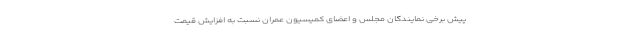
پیش برخی نمایندگان مجلس و اعضای کمیسیون عمران نسبت به افزایش قیمت